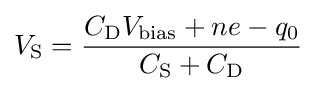
V_{\rm {S}}={\frac {C_{\rm {D}}V_{\rm {bias}}+ne-q_{0}}{C_{\rm {S}}+C_{\rm {D}}}}